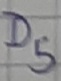
Text: D5